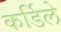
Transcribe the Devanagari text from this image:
कर्डिले